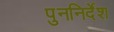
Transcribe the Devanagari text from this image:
पुननिर्देश